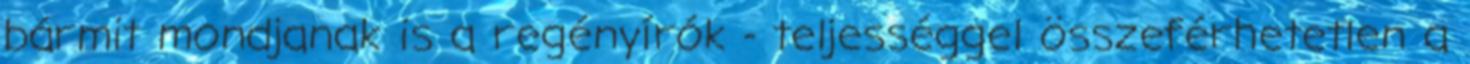
bármit mondjanak is a regényírók - teljességgel összeférhetetlen a